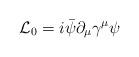
LaTeX: \begin{align*}{\cal L}_0 = i \bar{\psi} \partial_{\mu} \gamma^{\mu} \psi\end{align*}